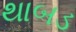
થાબડ